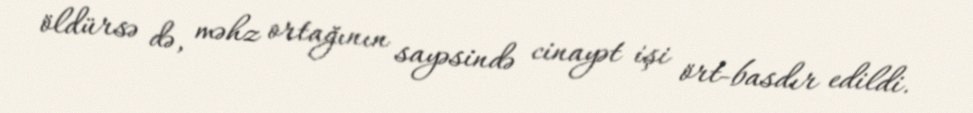
öldürsə də, məhz ortağının sayəsində cinayət işi ört-basdır edildi.